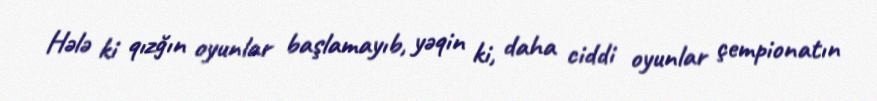
Hələ ki qızğın oyunlar başlamayıb, yəqin ki, daha ciddi oyunlar çempionatın